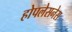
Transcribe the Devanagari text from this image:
होपलेसनेस